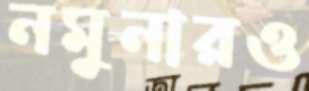
নমুনারও